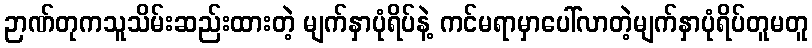
ဉာဏ်တုကသူသိမ်းဆည်းထားတဲ့ မျက်နှာပုံရိပ်နဲ့ ကင်မရာမှာပေါ်လာတဲ့မျက်နှာပုံရိပ်တူမတူ